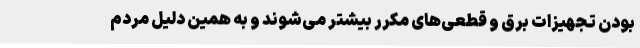
بودن تجهیزات برق و قطعی‌های مکرر بیشتر می‌شوند و به همین دلیل مردم